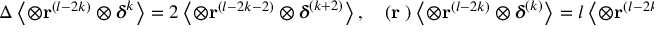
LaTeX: \Delta \left\langle \otimes \mathbf { r } ^ { ( l - 2 k ) } \otimes { \mathsf { \boldsymbol { \delta } } } ^ { k } \right\rangle = 2 \left\langle \otimes \mathbf { r } ^ { ( l - 2 k - 2 ) } \otimes { \mathsf { \boldsymbol { \delta } } } ^ { ( k + 2 ) } \right\rangle , \quad ( \mathbf { r } \mathbf { \nabla } ) \left\langle \otimes \mathbf { r } ^ { ( l - 2 k ) } \otimes { \mathsf { \boldsymbol { \delta } } } ^ { ( k ) } \right\rangle = l \left\langle \otimes \mathbf { r } ^ { ( l - 2 k ) } \otimes { \mathsf { \boldsymbol { \delta } } } ^ { ( k ) } \right\rangle